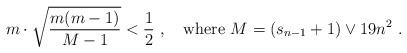
LaTeX: \begin{align*} m\cdot \sqrt{\frac{m(m-1)}{M-1}} <\frac12\ ,\quad\text{where }M=(s_{n-1}+1)\vee 19n^2\ . \end{align*}